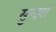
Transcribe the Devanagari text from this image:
सुन्झा